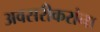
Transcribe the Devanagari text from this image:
अवसरीकरांना